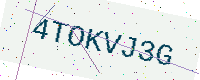
Text: 4TOKVJ3G